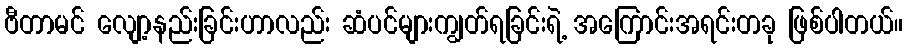
ဗီတာမင် လျော့နည်းခြင်းဟာလည်း ဆံပင်များကျွတ်ရခြင်းရဲ့ အကြောင်းအရင်းတခု ဖြစ်ပါတယ်။